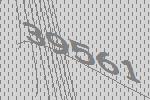
39561